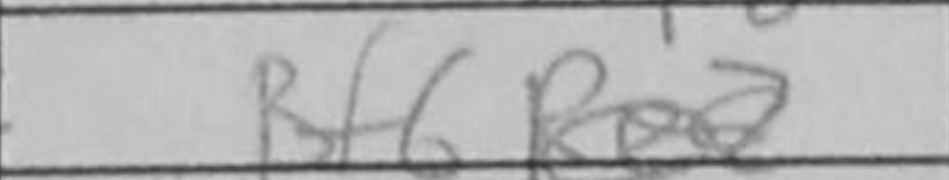
Transcription: Bf6